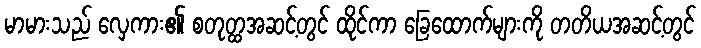
မာမားသည် လှေကား၏ စတုတ္ထအဆင့်တွင် ထိုင်ကာ ခြေထောက်များကို တတိယအဆင့်တွင်